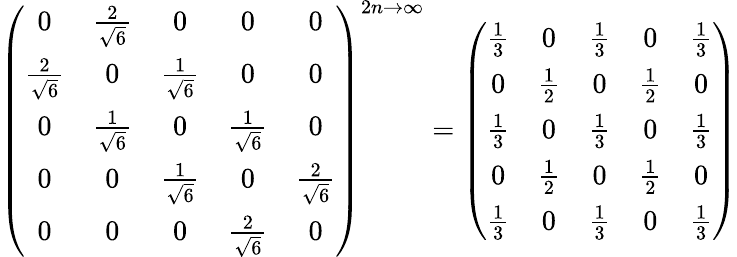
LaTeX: \left(\begin{array}{ccccc}{{0}}&{{\frac 2{\sqrt{6}}}}&{{0}}&{{0}}&{{0}}\\ {{\frac 2{\sqrt{6}}}}&{{0}}&{{\frac 1{\sqrt{6}}}}&{{0}}&{{0}}\\ {{0}}&{{\frac 1{\sqrt{6}}}}&{{0}}&{{\frac 1{\sqrt{6}}}}&{{0}}\\ {{0}}&{{0}}&{{\frac 1{\sqrt{6}}}}&{{0}}&{{\frac 2{\sqrt{6}}}}\\ {{0}}&{{0}}&{{0}}&{{\frac 2{\sqrt{6}}}}&{{0}}\end{array}\right)^{2n\rightarrow\infty}=\left(\begin{array}{ccccc}{{\frac 13}}&{{0}}&{{\frac 13}}&{{0}}&{{\frac 13}}\\ {{0}}&{{\frac 12}}&{{0}}&{{\frac 12}}&{{0}}\\ {{\frac 13}}&{{0}}&{{\frac 13}}&{{0}}&{{\frac 13}}\\ {{0}}&{{\frac 12}}&{{0}}&{{\frac 12}}&{{0}}\\ {{\frac 13}}&{{0}}&{{\frac 13}}&{{0}}&{{\frac 13}}\end{array}\right)